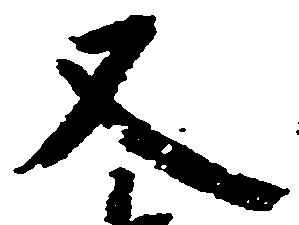
又